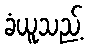
ခံယူသည့်